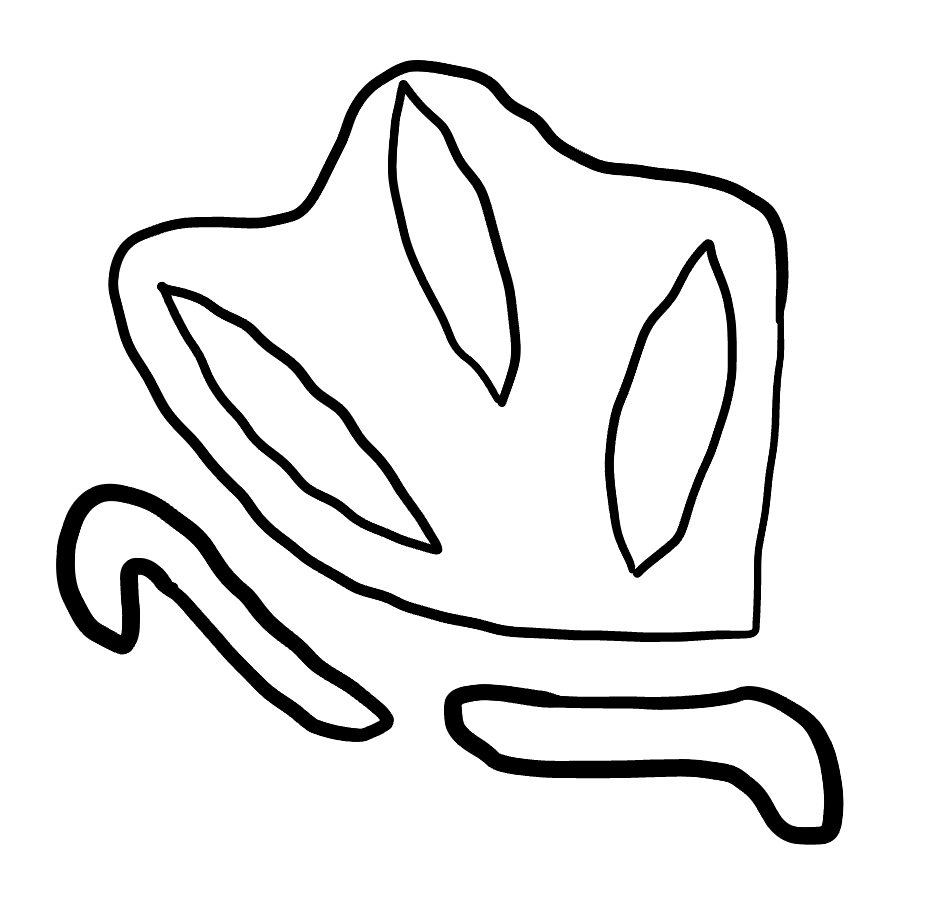
Number of regions (including the outer root region): 7
Containment tree edges (parent, child): 0, 1, 0, 2, 0, 3, 3, 4, 3, 5, 3, 6